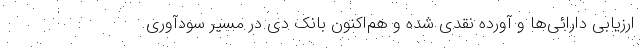
ارزیابی دارائی‌ها و آورده نقدی شده و هم‌اکنون بانک دی در مسیر سودآوری